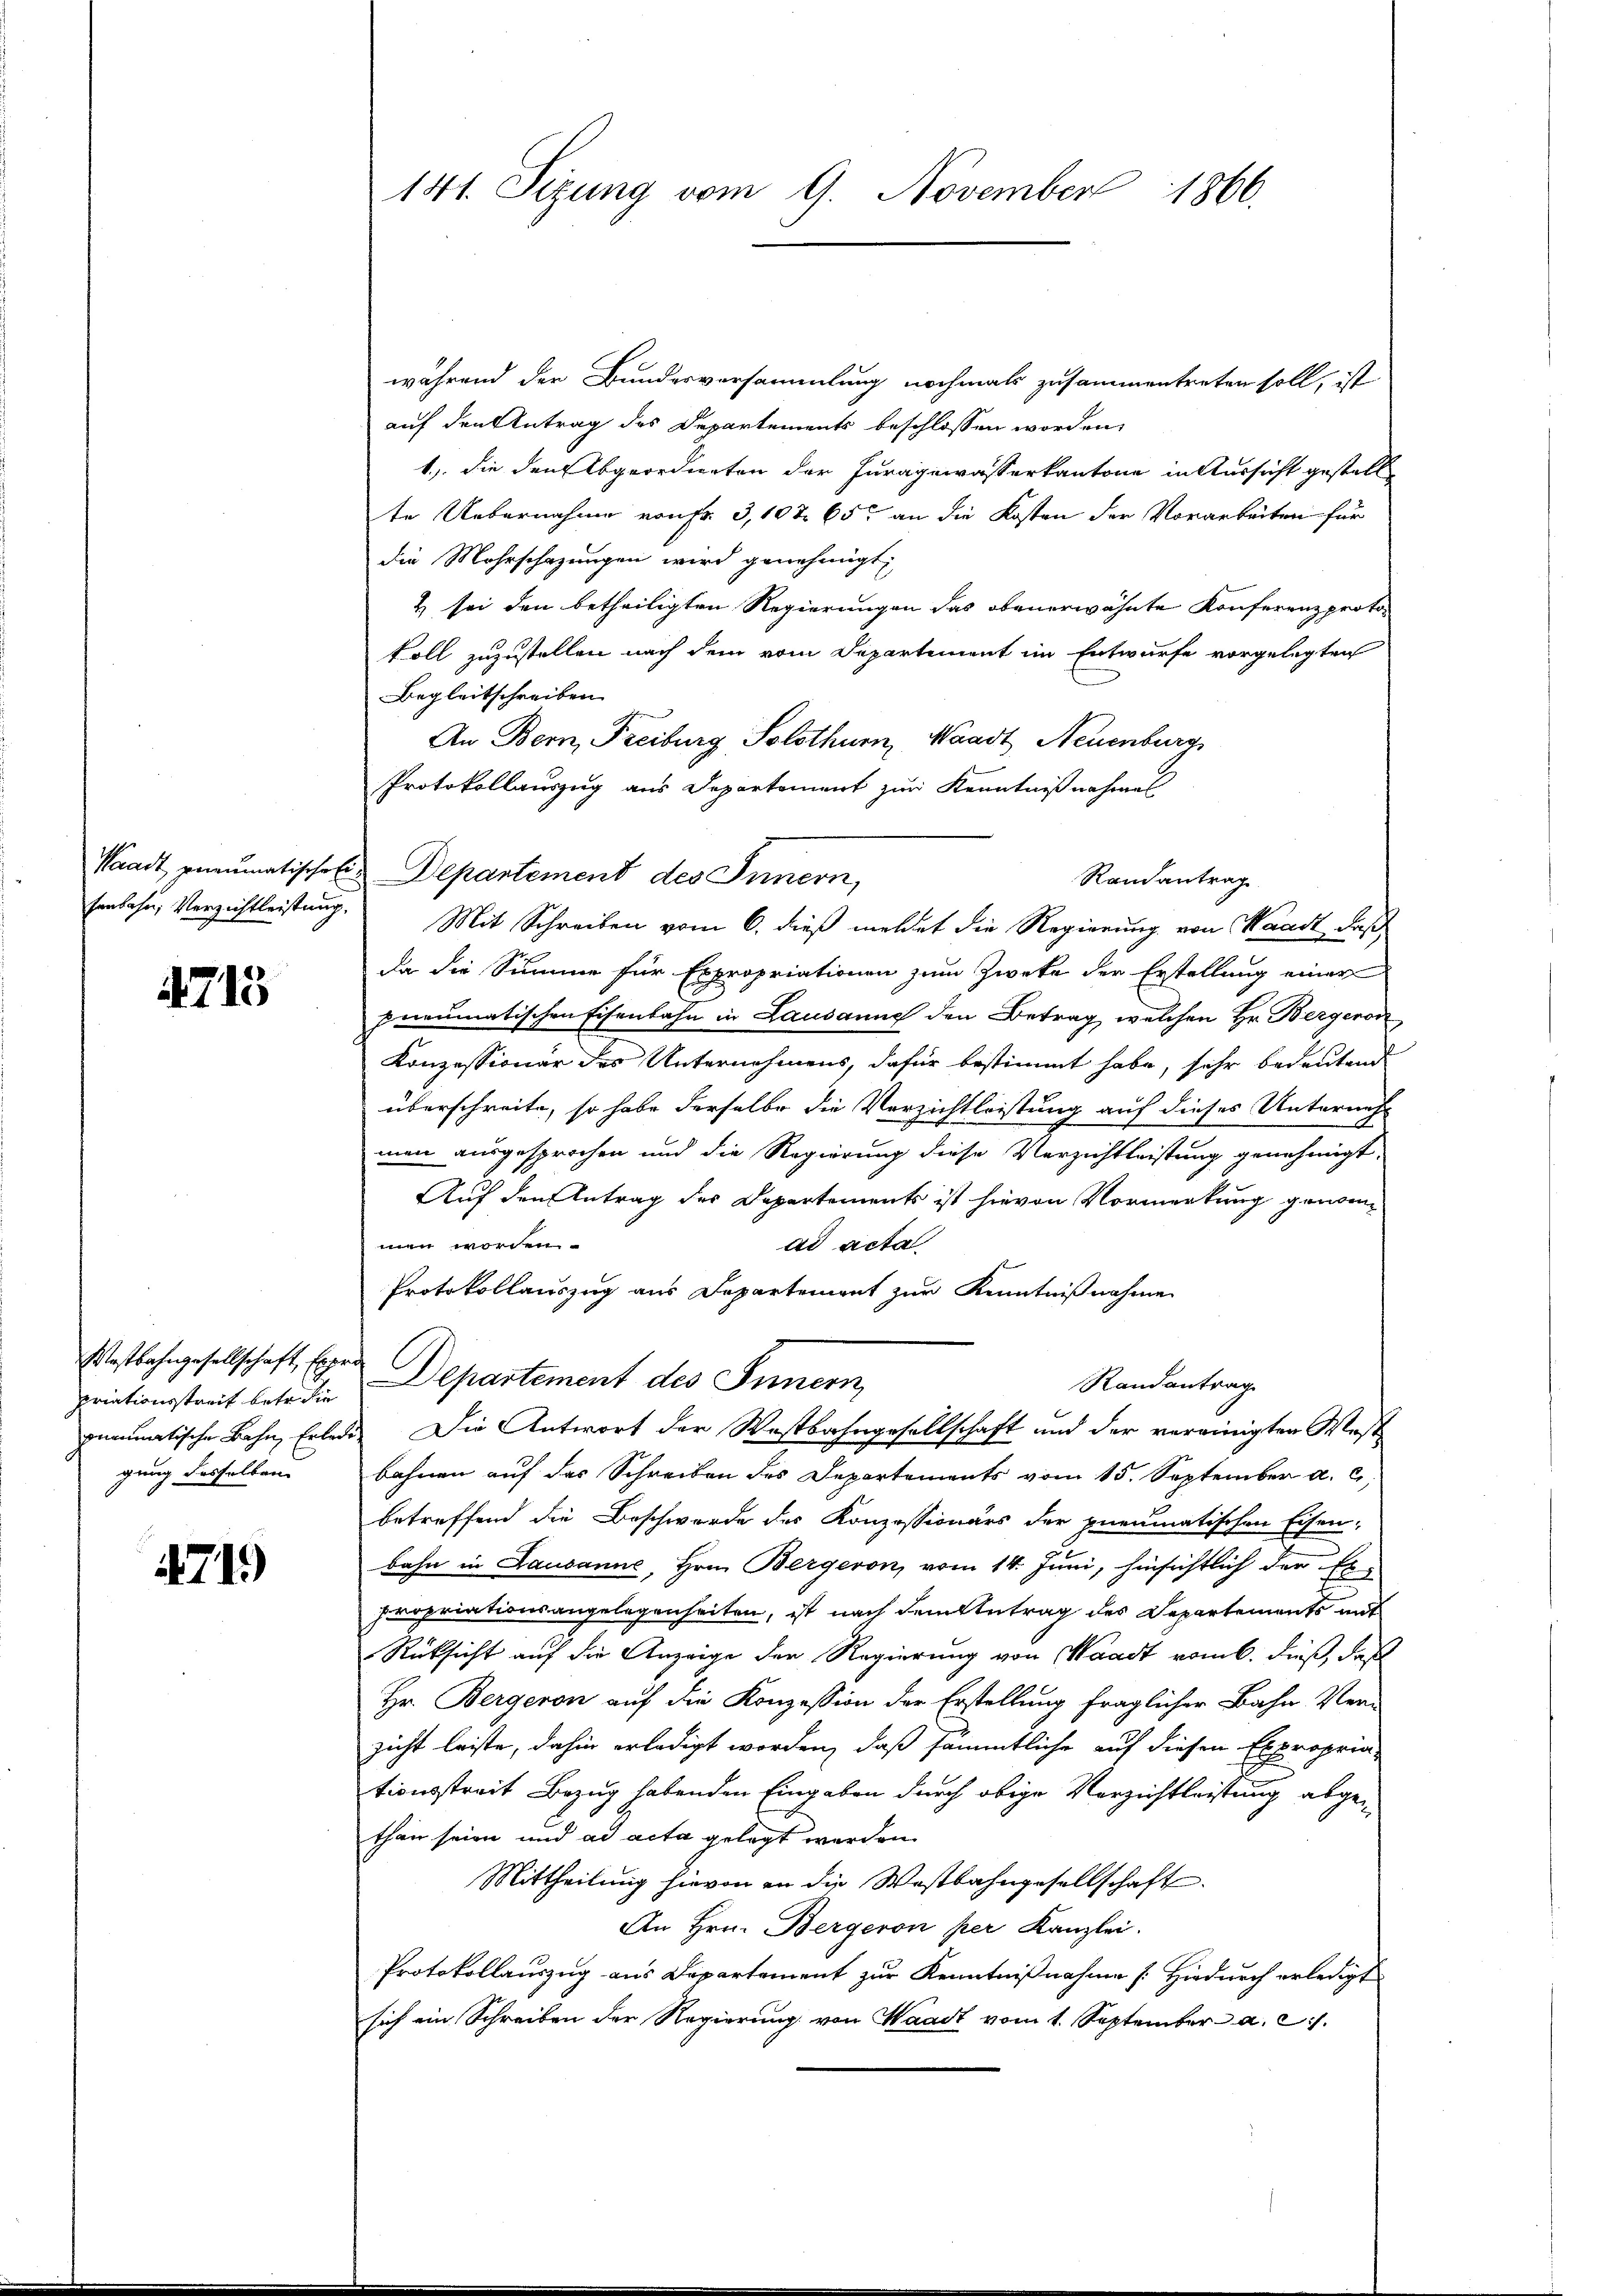
senbahn, Verzichtleistung.

4715

Westbahngesellschaft Expre
priationsstreit betr. die
pneumatische Bahn, Erlede
gung desselben

4719)

141. Sizung vom 9. November
1866.

während der Bundesversammlung nochmals zusammentreten soll, ist
auf den Antrag des Departements beschlossen worden,
1.) die den Abgeordneten der Juragewasserkantone in Aussicht gestell
te Uebernahme von Fr. 3, 10 t 65 an die Kosten der Vorarbeiten für
die Mehrschazungen wird genehmigt.
2 sei den betheiligten Regierungen das obenerwähnte Konferenzprotokoll zuzustellen nach dem vom Departement im Entwurfe vorgelegten
Begleitschreiben
An Bern, Freiburg Solothurn, Waadt, Neuenburg
Protokollauszug aus Departement zur Kenntnißnahmen
Waadt pneumatischen Departement des Innern,
da die Summe für Expropriationen zum Zwecke der Erstellung einer
pneumatischen Eisenbahn in Lausanne den Betrag, welchen Hr. Bergeron
Konzessionär des Unternehmens, dafür bestimmt habe, sehr bedeutend
überschreite, so habe derselbe die Verzichtleistung auf dieses Unterneh-
men ausgesprochen und die Regierung diese Verzichtleistung genehmigt,
Auf den Antrag des Departements ist hievon Vormerkung genommen worden.
ad acta
Protokollauszug aus Departement zur Kenntnißnahme
Departement des Innern,
Randantrag
Die Antwort der Westbahngesellschaft und der vereinigten Westbahnen auf das Schreiben des Departements vom 15. September a. c.
betreffend die Beschwerde des Konzessionärs der pneumatischen Eisen-
bahn in Lausanne, Hrn. Bergeron vom 14. Juni, hinsichtlich der Ex-
propriationsangelegenheiten, ist nach dem betrag des Departements mit
Rücksicht auf die Anzeige der Regierung von Waadt vom 6. Fuß, daß
Hr. Bergeron auf die Konzession der Erstellung fraglicher Bahn Verzicht leiste, dahin erledigt worden, daß sämmtliche auf diesen Expropria-
tionsstreit Bezug habenden Eingaben durch obige Verzichtleistung abgethan seien und ad acta gelegt werden.
Mittheilung hievon an die Wastbahngesellschaft.
An Hrn. Bergeron per Kanzlei.
Protokollauszug aus Departement zur Kenntnißnahme [Hiedurch erledigt
sich ein Schreiben der Regierung von Waadt vom 1. September a. c.

Randantrag
Mit Schreiben vom 6. dieß meldet die Regierung von Waadt, daß